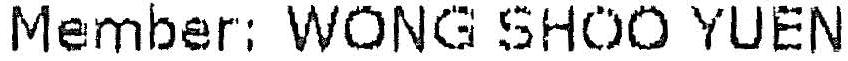
MEMBER: WONG SHOO YUEN